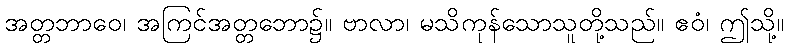
အတ္တဘာဝေ၊ အကြင်အတ္တဘော၌။ ဗာလာ၊ မသိကုန်သောသူတို့သည်။ ဧဝံ၊ ဤသို့။